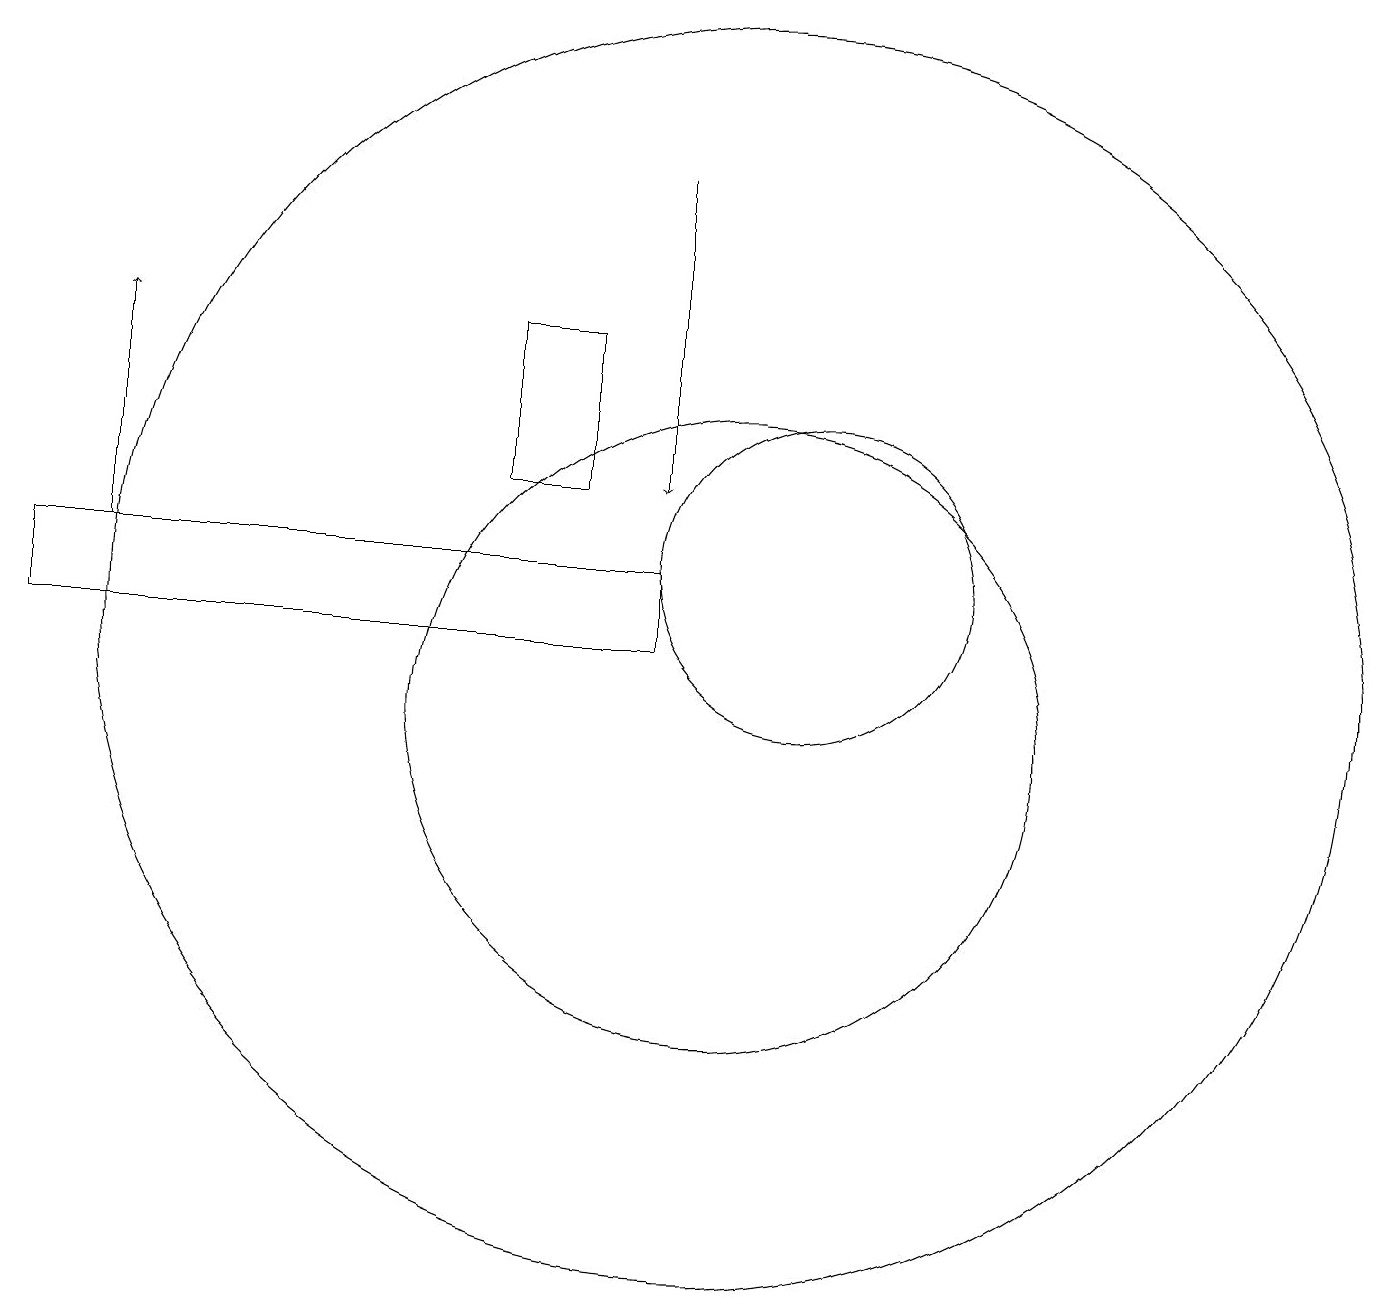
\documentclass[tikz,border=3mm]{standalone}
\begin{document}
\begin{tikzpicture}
\draw[->] (2,12) -- (2,15);
\draw (9,11) rectangle (1,12);
\draw (10,11) circle (8);
\draw (10,10) circle (4);
\draw[->] (9,17) -- (9,13);
\draw (11,12) circle (2);
\draw (8,13) rectangle (7,15);
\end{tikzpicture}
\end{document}